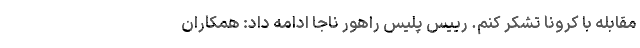
مقابله با کرونا تشکر کنم. رییس پلیس راهور ناجا ادامه داد: همکاران